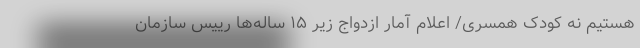
هستیم نه کودک همسری/ اعلام آمار ازدواج زیر ۱۵ ساله‌ها رییس سازمان